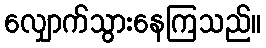
လျှောက်သွားနေကြသည်။